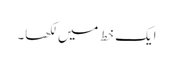
ایک خط میں لکھا۔